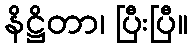
နိဋ္ဌိတာ၊ ပြီးပြီ။